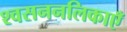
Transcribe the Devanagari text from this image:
श्वसननलिकाएँ